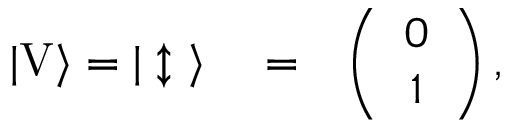
\begin{array} { r l r } { | \mathrm { V } \rangle = | \updownarrow \ \rangle } & { { } = } & { \left( \begin{array} { c } { 0 } \\ { 1 } \end{array} \right) , } \end{array}